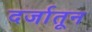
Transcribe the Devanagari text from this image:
दर्जातून